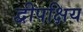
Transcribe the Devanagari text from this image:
द्वीपक्षिय